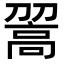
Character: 𩫉